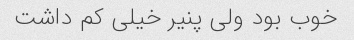
خوب بود ولی پنیر خیلی کم داشت